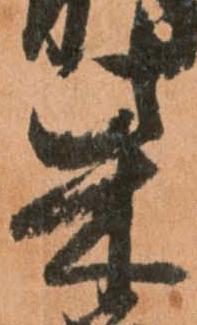
柴